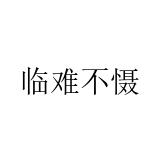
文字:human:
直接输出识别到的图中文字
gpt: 临难不慑